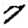
Digit: 7